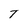
Character: T